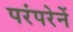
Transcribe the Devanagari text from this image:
परंपरेनें